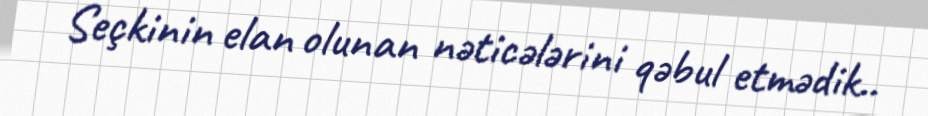
Seçkinin elan olunan nəticələrini qəbul etmədik..